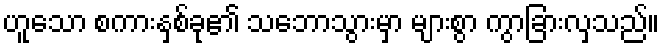
ဟူသော စကားနှစ်ခု၏ သဘောသွားမှာ များစွာ ကွာခြားလှသည်။